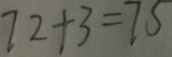
7 2 + 3 = 7 5